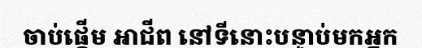
ចាប់ផ្តើម អាជីព នៅទីនោះបន្ទាប់មកអ្នក